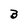
Character: B